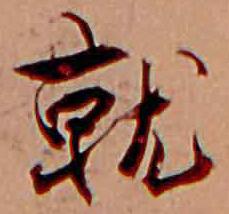
就